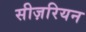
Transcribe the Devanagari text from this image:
सीज़रियन